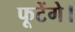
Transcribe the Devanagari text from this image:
फूटेंगे।